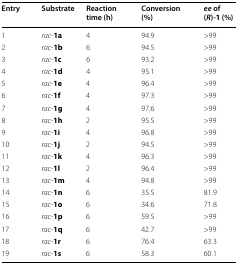
| Entry | Substrate | Reaction time (h) | Conversion (%) | ee of (R)-1 (%) |
 | --- | --- | --- | --- | --- |
 | 1 | rac-1a | 4 | 94.9 | >99 |
 | 2 | rac-1b | 6 | 94.5 | >99 |
 | 3 | rac-1c | 6 | 93.2 | >99 |
 | 4 | rac-1d | 4 | 95.1 | >99 |
 | 5 | rac-1e | 4 | 96.4 | >99 |
 | 6 | rac-1f | 4 | 97.3 | >99 |
 | 7 | rac-1g | 4 | 97.6 | >99 |
 | 8 | rac-1h | 2 | 95.5 | >99 |
 | 9 | rac-1i | 4 | 96.8 | >99 |
 | 10 | rac-1j | 2 | 94.5 | >99 |
 | 11 | rac-1k | 4 | 96.3 | >99 |
 | 12 | rac-1l | 2 | 96.4 | >99 |
 | 13 | rac-1m | 4 | 94.8 | >99 |
 | 14 | rac-1n | 6 | 35.5 | 81.9 |
 | 15 | rac-1o | 6 | 34.6 | 71.8 |
 | 16 | rac-1p | 6 | 59.5 | >99 |
 | 17 | rac-1q | 6 | 42.7 | >99 |
 | 18 | rac-1r | 6 | 76.4 | 63.3 |
 | 19 | rac-1s | 6 | 58.3 | 60.1 |